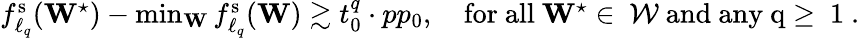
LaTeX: \begin{array}{r}{f_{\ell_{q}}^{\mathrm{s}}(\mathbf{W}^{\star})-\operatorname*{min}_{\mathbf{W}}f_{\ell_{q}}^{\mathrm{s}}(\mathbf{W})\gtrsim{t_{0}^{q}}\cdot pp_{0},\quad\mathrm{for~all~\mathbf{W}^\star\in~\mathcal{W}~and~any~q\geq~1~}.}\end{array}